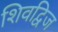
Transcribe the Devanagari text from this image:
शिवद्विज